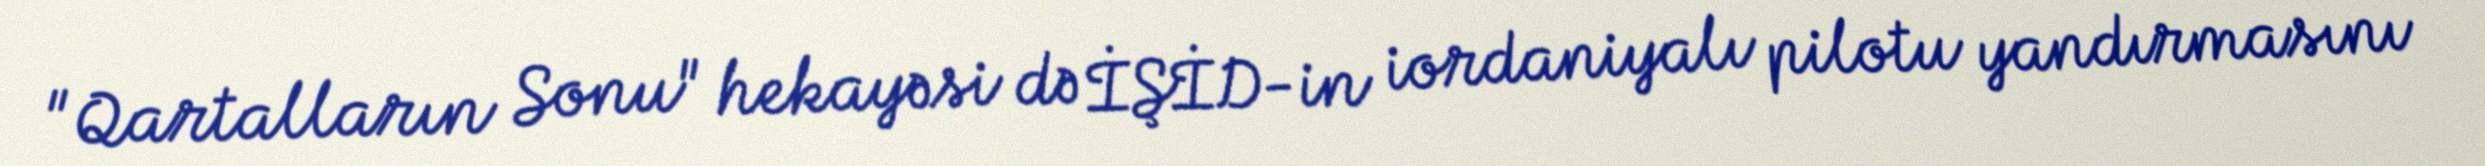
"Qartalların Sonu" hekayəsi də İŞİD-in iordaniyalı pilotu yandırmasını